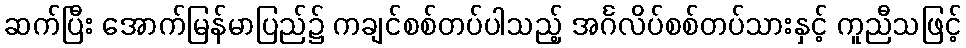
ဆက်ပြီး အောက်မြန်မာပြည်၌ ကချင်စစ်တပ်ပါသည့် အင်္ဂလိပ်စစ်တပ်သားနှင့် ကူညီသဖြင့်